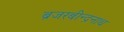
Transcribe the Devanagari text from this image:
ब्रजरबीन्द्रनाथ